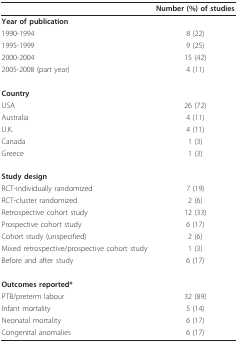
|  | Number (%) of studies |
 | --- | --- |
 | Year of publication |  |
 | 1990-1994 | 8 (22) |
 | 1995-1999 | 9 (25) |
 | 2000-2004 | 15 (42) |
 | 2005-2008 (part year) | 4 (11) |
 | Country |  |
 | USA | 26 (72) |
 | Australia | 4 (11) |
 | U.K. | 4 (11) |
 | Canada | 1 (3) |
 | Greece | 1 (3) |
 | Study design |  |
 | RCT-individually randomized | 7 (19) |
 | RCT-cluster randomized | 2 (6) |
 | Retrospective cohort study | 12 (33) |
 | Prospective cohort study | 6 (17) |
 | Cohort study (unspecified) | 2 (6) |
 | Mixed retrospective/prospective cohort study | 1 (3) |
 | Before and after study | 6 (17) |
 | Outcomes reported* |  |
 | PTB/preterm labour | 32 (89) |
 | Infant mortality | 5 (14) |
 | Neonatal mortality | 6 (17) |
 | Congenital anomalies | 6 (17) |